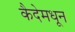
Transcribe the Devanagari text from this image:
कैदेमधून